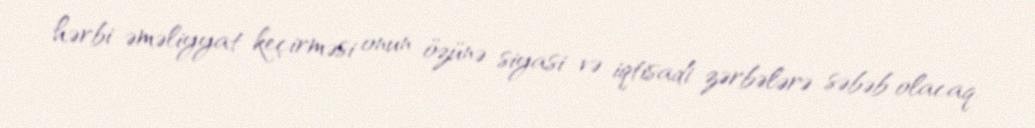
hərbi əməliyyat keçirməsi onun özünə siyasi və iqtisadi zərbələrə səbəb olacaq.